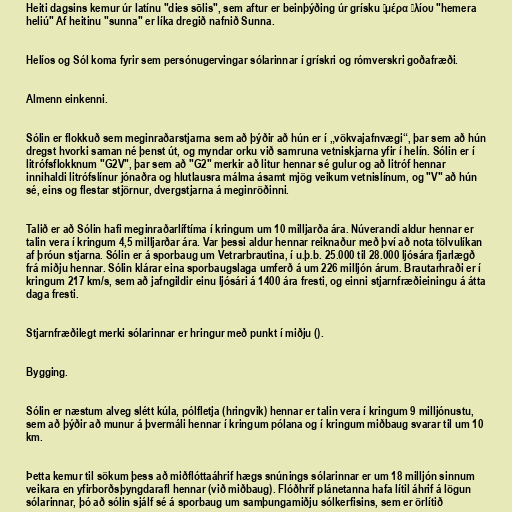
Heiti dagsins kemur úr latínu "dies sōlis", sem aftur er beinþýðing úr grísku ἡμέρα ἡλίου "hemera
heliú" Af heitinu "sunna" er líka dregið nafnið Sunna.

Helíos og Sól koma fyrir sem persónugervingar sólarinnar í grískri og rómverskri goðafræði.

Almenn einkenni.

Sólin er flokkuð sem meginraðarstjarna sem að þýðir að hún er í „vökvajafnvægi“, þar sem að hún
dregst hvorki saman né þenst út, og myndar orku við samruna vetniskjarna yfir í helín. Sólin er í
litrófsflokknum "G2V", þar sem að "G2" merkir að litur hennar sé gulur og að litróf hennar
innihaldi litrófslínur jónaðra og hlutlausra málma ásamt mjög veikum vetnislínum, og "V" að hún
sé, eins og flestar stjörnur, dvergstjarna á meginröðinni.

Talið er að Sólin hafi meginraðarlíftíma í kringum um 10 milljarða ára. Núverandi aldur hennar er
talin vera í kringum 4,5 milljarðar ára. Var þessi aldur hennar reiknaður með því að nota tölvulíkan
af þróun stjarna. Sólin er á sporbaug um Vetrarbrautina, í u.þ.b. 25.000 til 28.000 ljósára fjarlægð
frá miðju hennar. Sólin klárar eina sporbaugslaga umferð á um 226 milljón árum. Brautarhraði er í
kringum 217 km/s, sem að jafngildir einu ljósári á 1400 ára fresti, og einni stjarnfræðieiningu á átta
daga fresti.

Stjarnfræðilegt merki sólarinnar er hringur með punkt í miðju ().

Bygging.

Sólin er næstum alveg slétt kúla, pólfletja (hringvik) hennar er talin vera í kringum 9 milljónustu,
sem að þýðir að munur á þvermáli hennar í kringum pólana og í kringum miðbaug svarar til um 10
km.

Þetta kemur til sökum þess að miðflóttaáhrif hægs snúnings sólarinnar er um 18 milljón sinnum
veikara en yfirborðsþyngdarafl hennar (við miðbaug). Flóðhrif plánetanna hafa lítil áhrif á lögun
sólarinnar, þó að sólin sjálf sé á sporbaug um samþungamiðju sólkerfisins, sem er örlítið